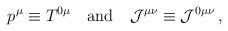
LaTeX: \begin{align*} p^\mu \equiv T^{0 \mu} \quad {\rm and} \quad {\cal J}^{\mu \nu} \equiv {\cal J}^{0 \mu \nu} \,,\end{align*}